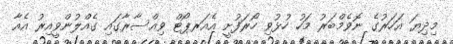
މިދިޔަ އަހަރުގެ ނޮވެމްބަރު މަހު ހުޅުވި ހޯރަފުށީ އެއަރޕޯޓް ވިއްސާރާގައި ގެއްލުންވީއިރު އެއާ